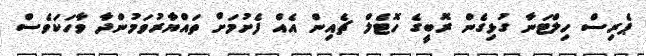
ޕެރިސް ހިލްޓަނާ ގުޅިގެން ރޮބީގެ ހޮޓެލް ޗެއިން އެއް ފެށުމަށް ތައްޔާރުވަމުންދާ ވާހަކަވެސް